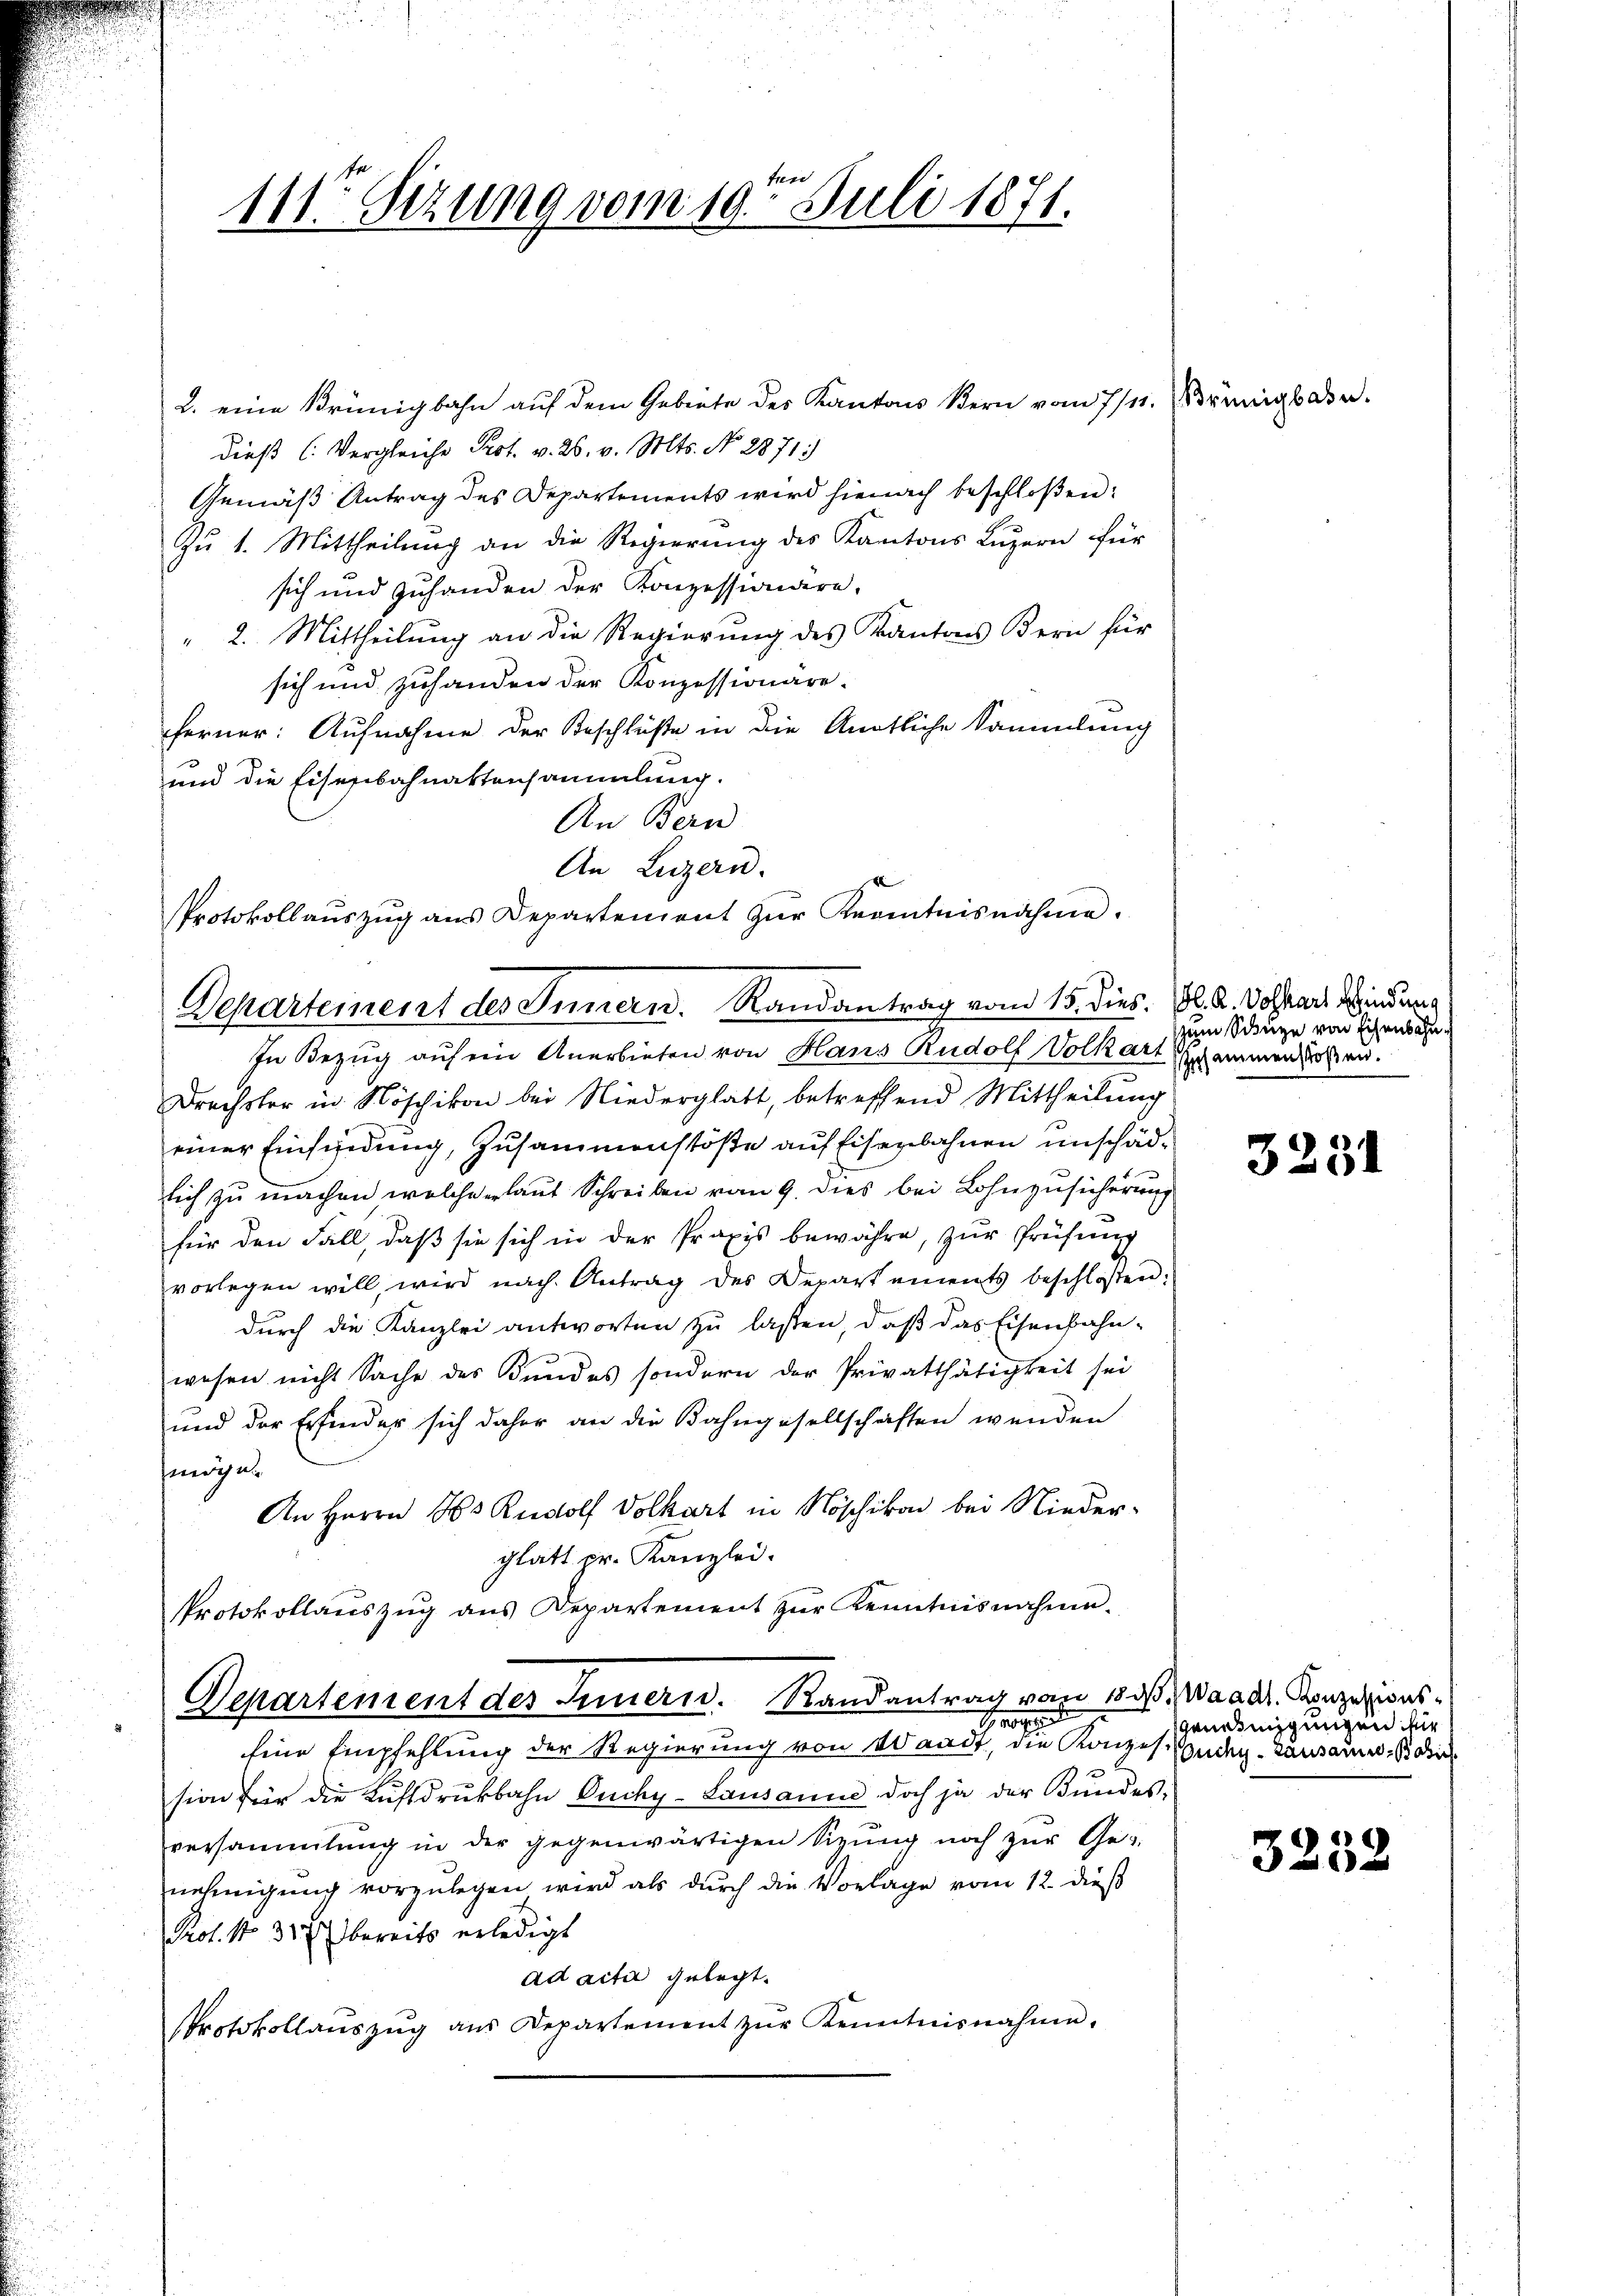
türe
111 Sezung vom 19. Juli 1871.

2. eine Brünigbahn auf dem Gebiete des Kantons Bern vom 7/4. Grünigbade
dieß (Vergleiche Prot. v. 26. v. Mts. No. 2871:
Gemäß Antrag des Departements wird hienach beschloßen:
Zu 1. Mittheilung an die Regierung des Kantons Luzern für
sich und zuhanden der Konzessiondere,
" 2. Mittheilung an die Regierung des Kantons Bern für
sich und zuhanden der Konzessionäre.
ferner: Aufnahme der Beschlüße in die Antliche Sammlung
und die Eisesibahnattensammlung.
An Bern
An Luzern.
Protokollaŭszŭg ans Departement zŭr Kenntnisnahme.

Departement des Innern. Randantrag vom 15. dies. Bl. 2. Volkart Windern

Departement des Innern. Randantrag vom 18. ds. Waadt. Konzesions¬
Grossen

In Bezug auf ein Anerbieten von Hans Rudolf Volkart Erhammen laßen.
Drechsler in Nöschikon bei Niederglatt, betreffend Mittheilung
einer Einfindung, Zusammenstöße auf Eisenbahnen unschädsich zu machen, welche erlaut Schreiben vom 9. dies bei Lohnzusicherung
für den Fall, daß sie sich in der Praxis bewähre, zur Prüfung
vorlegen will, wird nach Antrag des Departements beschloßen:
durch die Kanzlei antworten zu lassen, daß das Eisenbahn-
wesen nicht Sache des Bundes sondern der Privatthätigkeit sei
und der Erfinder sich daher an die Bahngesellschaften wenden
miget.
An Herrn Hs. Rudolf Volkart in Nöschikon bei Niederglatt pr. Kanzlei.
Protokollaŭszŭg ans Departement zŭr Kenntnisnahme.

Eine Empfehlung der Regierung von Waadt, die Konzes Budg-Lausamm, die
sion für die Luftdruckbahn Ducky-Lausanne doch ja der Bundes-
versammlung in der gegenwärtigen Sizŭng noch zŭr Ge
nehmigung vorzulegen wird als durch die Vorlage vom 12. dieß
Prof. No 33 bereits erledigt
ad acta gelegt.
Protokollaŭszŭg aŭs Departement zŭr Kenntnisnahme.

zum Schüre von Eisenbahn¬

3231

sGenehmigungen für

3252